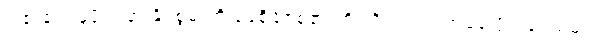
ငါ၏ဝေဖန်ပိုင်းခြားနိုင်စွမ်းကို ရေစိုခံဇစ်၏ တို့ပါရှိပါသည် အရှေ့ပိုင်းဒေသများ